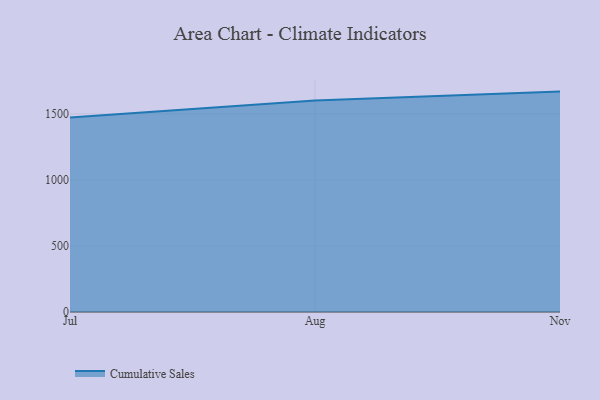
{"axis": {"x": "Month", "y": "LTV (USD)"}, "legend": ["Cumulative Sales"], "data": [{"x": "Jul", "y": 1471.9, "type": "Cumulative Sales"}, {"x": "Aug", "y": 1602.0, "type": "Cumulative Sales"}, {"x": "Nov", "y": 1668.6, "type": "Cumulative Sales"}]}